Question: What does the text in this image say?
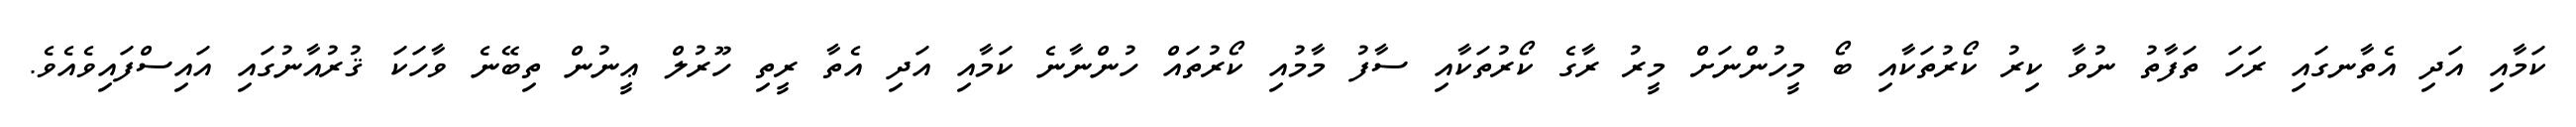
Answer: ކަމާއި އަދި އެތާނގައި ރަހަ ތަފާތު ނުވާ ކިރު ކޯރުތަކާއި ބޯ މީހުންނަށް މީރު ރާގެ ކޯރުތަކާއި ސާފު މާމުއި ކޯރުތައް ހުންނާނެ ކަމާއި އަދި އެތާ ރީތި ހޫރުލް ޢީނުން ތިބޭނެ ވާހަކަ ޤުރުއާނުގައި އައިސްފައިވެއެވެ.